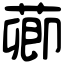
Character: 𦺄